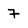
Character: 7